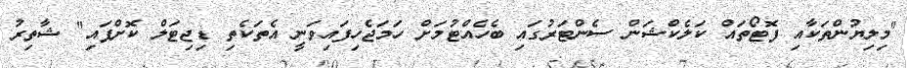
"މިލިޔުންތަކާއި ފޮޓޯތައް ކަލެކްޝަން ސެންޓަރުގައި ބެހެއްޓުމަށް ހަމަޖެހިފައިވަނީ އެތަކެތި ޑިޖިޓަލް ކޮށްފައި" ޝާތިރު